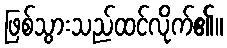
ဖြစ်သွားသည်ထင်လိုက်၏။